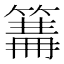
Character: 𥲙